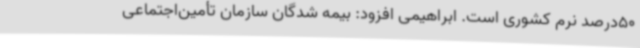
50درصد نرم کشوری است. ابراهیمی افزود: بیمه شدگان سازمان تأمین‌اجتماعی